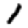
Digit: 1